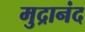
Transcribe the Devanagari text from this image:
मुद्रानंद